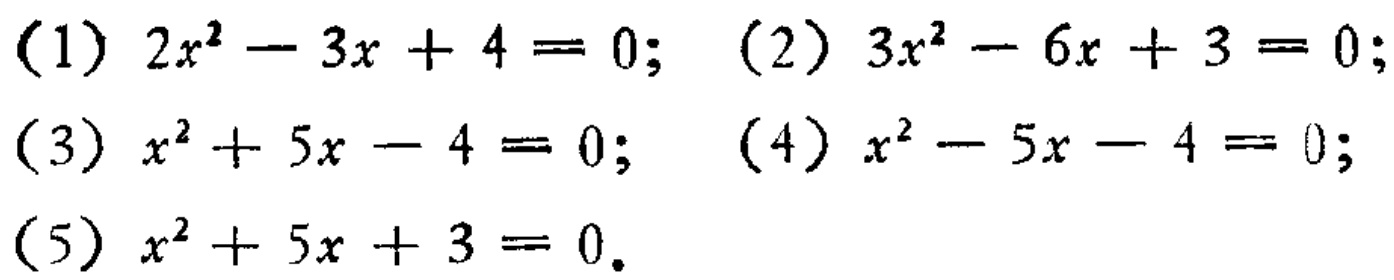
(1) \(2x^{2}-3x + 4 = 0\); (2) \(3x^{2}-6x + 3 = 0\);
(3) \(x^{2}+5x - 4 = 0\); (4) \(x^{2}-5x - 4 = 0\);
(5) \(x^{2}+5x + 3 = 0\).